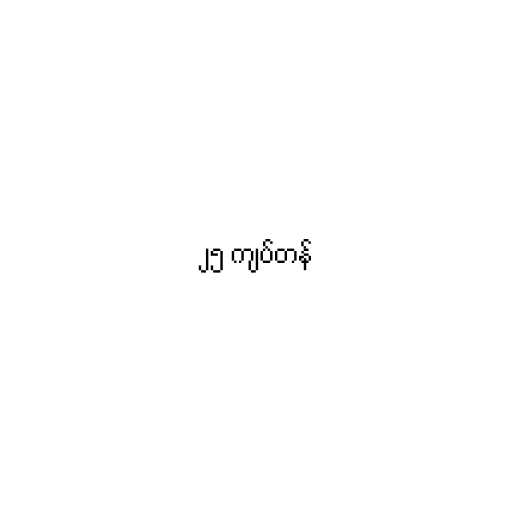
၂၅ ကျပ်တန်